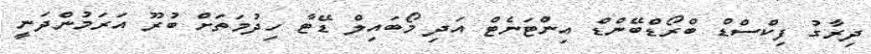
ދިރާގު ފިކްސްޑް ބްރޯޑްބޭންޑް އިންޓަނެޓް އަދި މޯބައިލް ޑޭޓާ ހިދުމަތަށް ބުރޫ އަރަމުންދަނީ